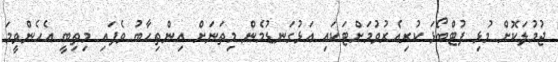
ޖުމުލަކޮށް މުޅި ފުޓްބޯޅަ ކުރިއެރުވުމަށްޓަކައި އަޅުގަނޑުމެން މިތަނަށް އިންތިހާބު ވެފައި މިތިބީ އެހެންވީމަ